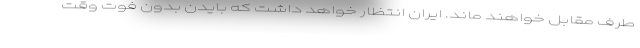
طرف مقابل خواهند ماند. ایران انتظار خواهد داشت که بایدن بدون فوت وقت